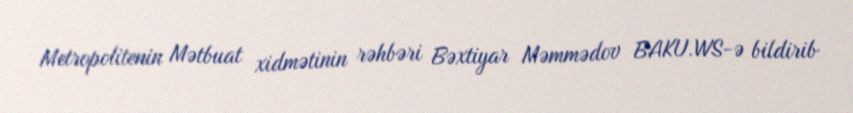
Metropolitenin Mətbuat xidmətinin rəhbəri Bəxtiyar Məmmədov BAKU.WS-ə bildirib